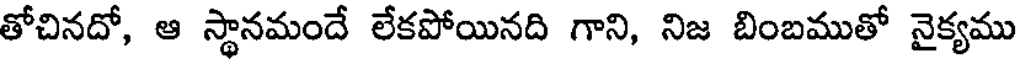
తోచినదో, ఆ స్థానమందే లేకపోయినది గాని, నిజ బింబముతో నైక్యము